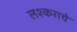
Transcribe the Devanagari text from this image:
लश्कराचे